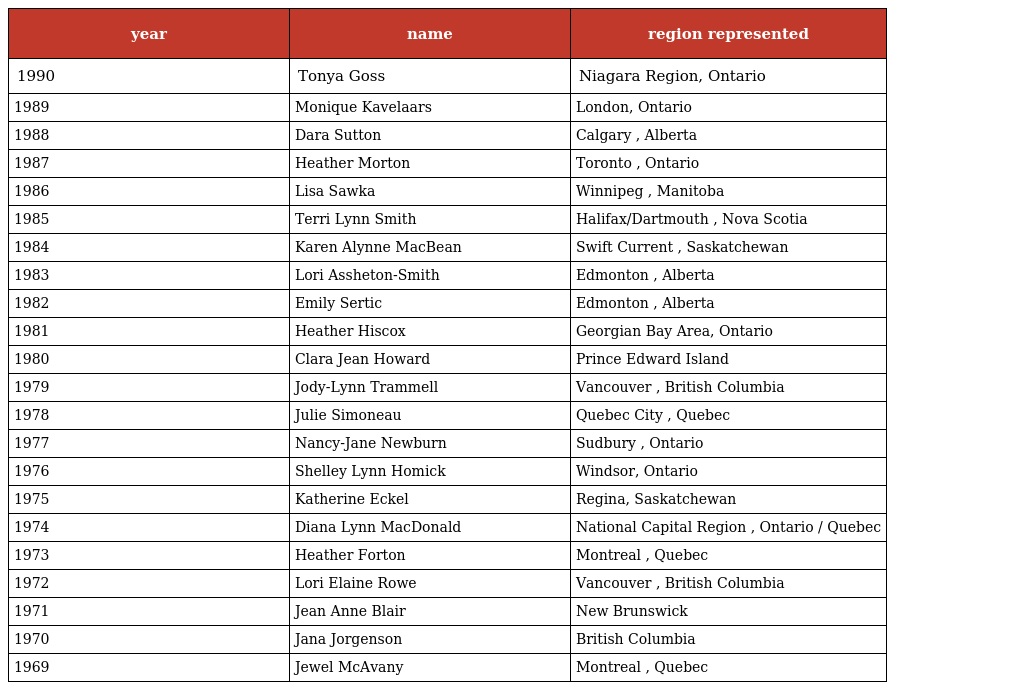
| year | name | region represented |
 | --- | --- | --- |
 | 1990 | Tonya Goss | Niagara Region, Ontario |
 | 1989 | Monique Kavelaars | London, Ontario |
 | 1988 | Dara Sutton | Calgary , Alberta |
 | 1987 | Heather Morton | Toronto , Ontario |
 | 1986 | Lisa Sawka | Winnipeg , Manitoba |
 | 1985 | Terri Lynn Smith | Halifax/Dartmouth , Nova Scotia |
 | 1984 | Karen Alynne MacBean | Swift Current , Saskatchewan |
 | 1983 | Lori Assheton-Smith | Edmonton , Alberta |
 | 1982 | Emily Sertic | Edmonton , Alberta |
 | 1981 | Heather Hiscox | Georgian Bay Area, Ontario |
 | 1980 | Clara Jean Howard | Prince Edward Island |
 | 1979 | Jody-Lynn Trammell | Vancouver , British Columbia |
 | 1978 | Julie Simoneau | Quebec City , Quebec |
 | 1977 | Nancy-Jane Newburn | Sudbury , Ontario |
 | 1976 | Shelley Lynn Homick | Windsor, Ontario |
 | 1975 | Katherine Eckel | Regina, Saskatchewan |
 | 1974 | Diana Lynn MacDonald | National Capital Region , Ontario / Quebec |
 | 1973 | Heather Forton | Montreal , Quebec |
 | 1972 | Lori Elaine Rowe | Vancouver , British Columbia |
 | 1971 | Jean Anne Blair | New Brunswick |
 | 1970 | Jana Jorgenson | British Columbia |
 | 1969 | Jewel McAvany | Montreal , Quebec |